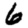
Digit: 6